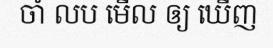
ចាំ លប មើល ឲ្យ ឃើញ